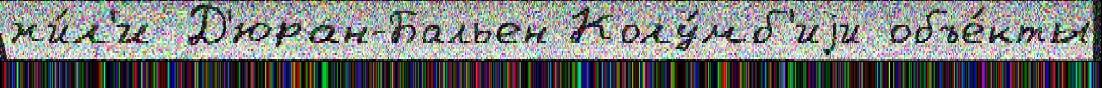
жи́л'и Д'юран-Бальен Колу́мб'иjи объе́кты